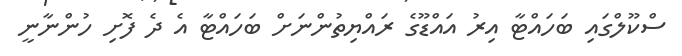
ސްކޫލްގައި ބަހައްޓާ އިރު އައްޑޫގެ ރައްޔިތުންނަށް ބަހައްޓާ އެ ދެ ފޮށި ހުންނާނީ